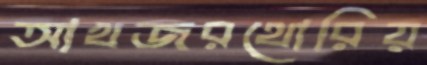
আখজরথোরিয়